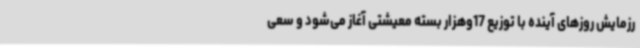
رزمایش روزهای آینده با توزیع 17وهزار بسته معیشتی آغاز می‌شود و سعی